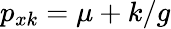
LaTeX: p_{xk}=\mu+k/g